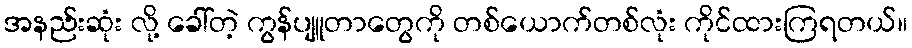
အနည်းဆုံး လို့ ခေါ်တဲ့ ကွန်ပျူတာတွေကို တစ်ယောက်တစ်လုံး ကိုင်ထားကြရတယ်။